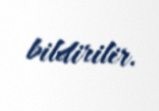
bildirilir.